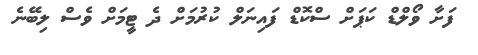
ފަށާ ވޯލްޑް ކަޕަށް ސްކޮޑް ފައިނަލް ކުރުމަށް ދެ ޓީމަށް ވެސް ލިބޭނެ